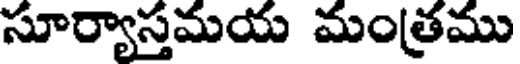
సూర్యాస్తమయ మంత్రము